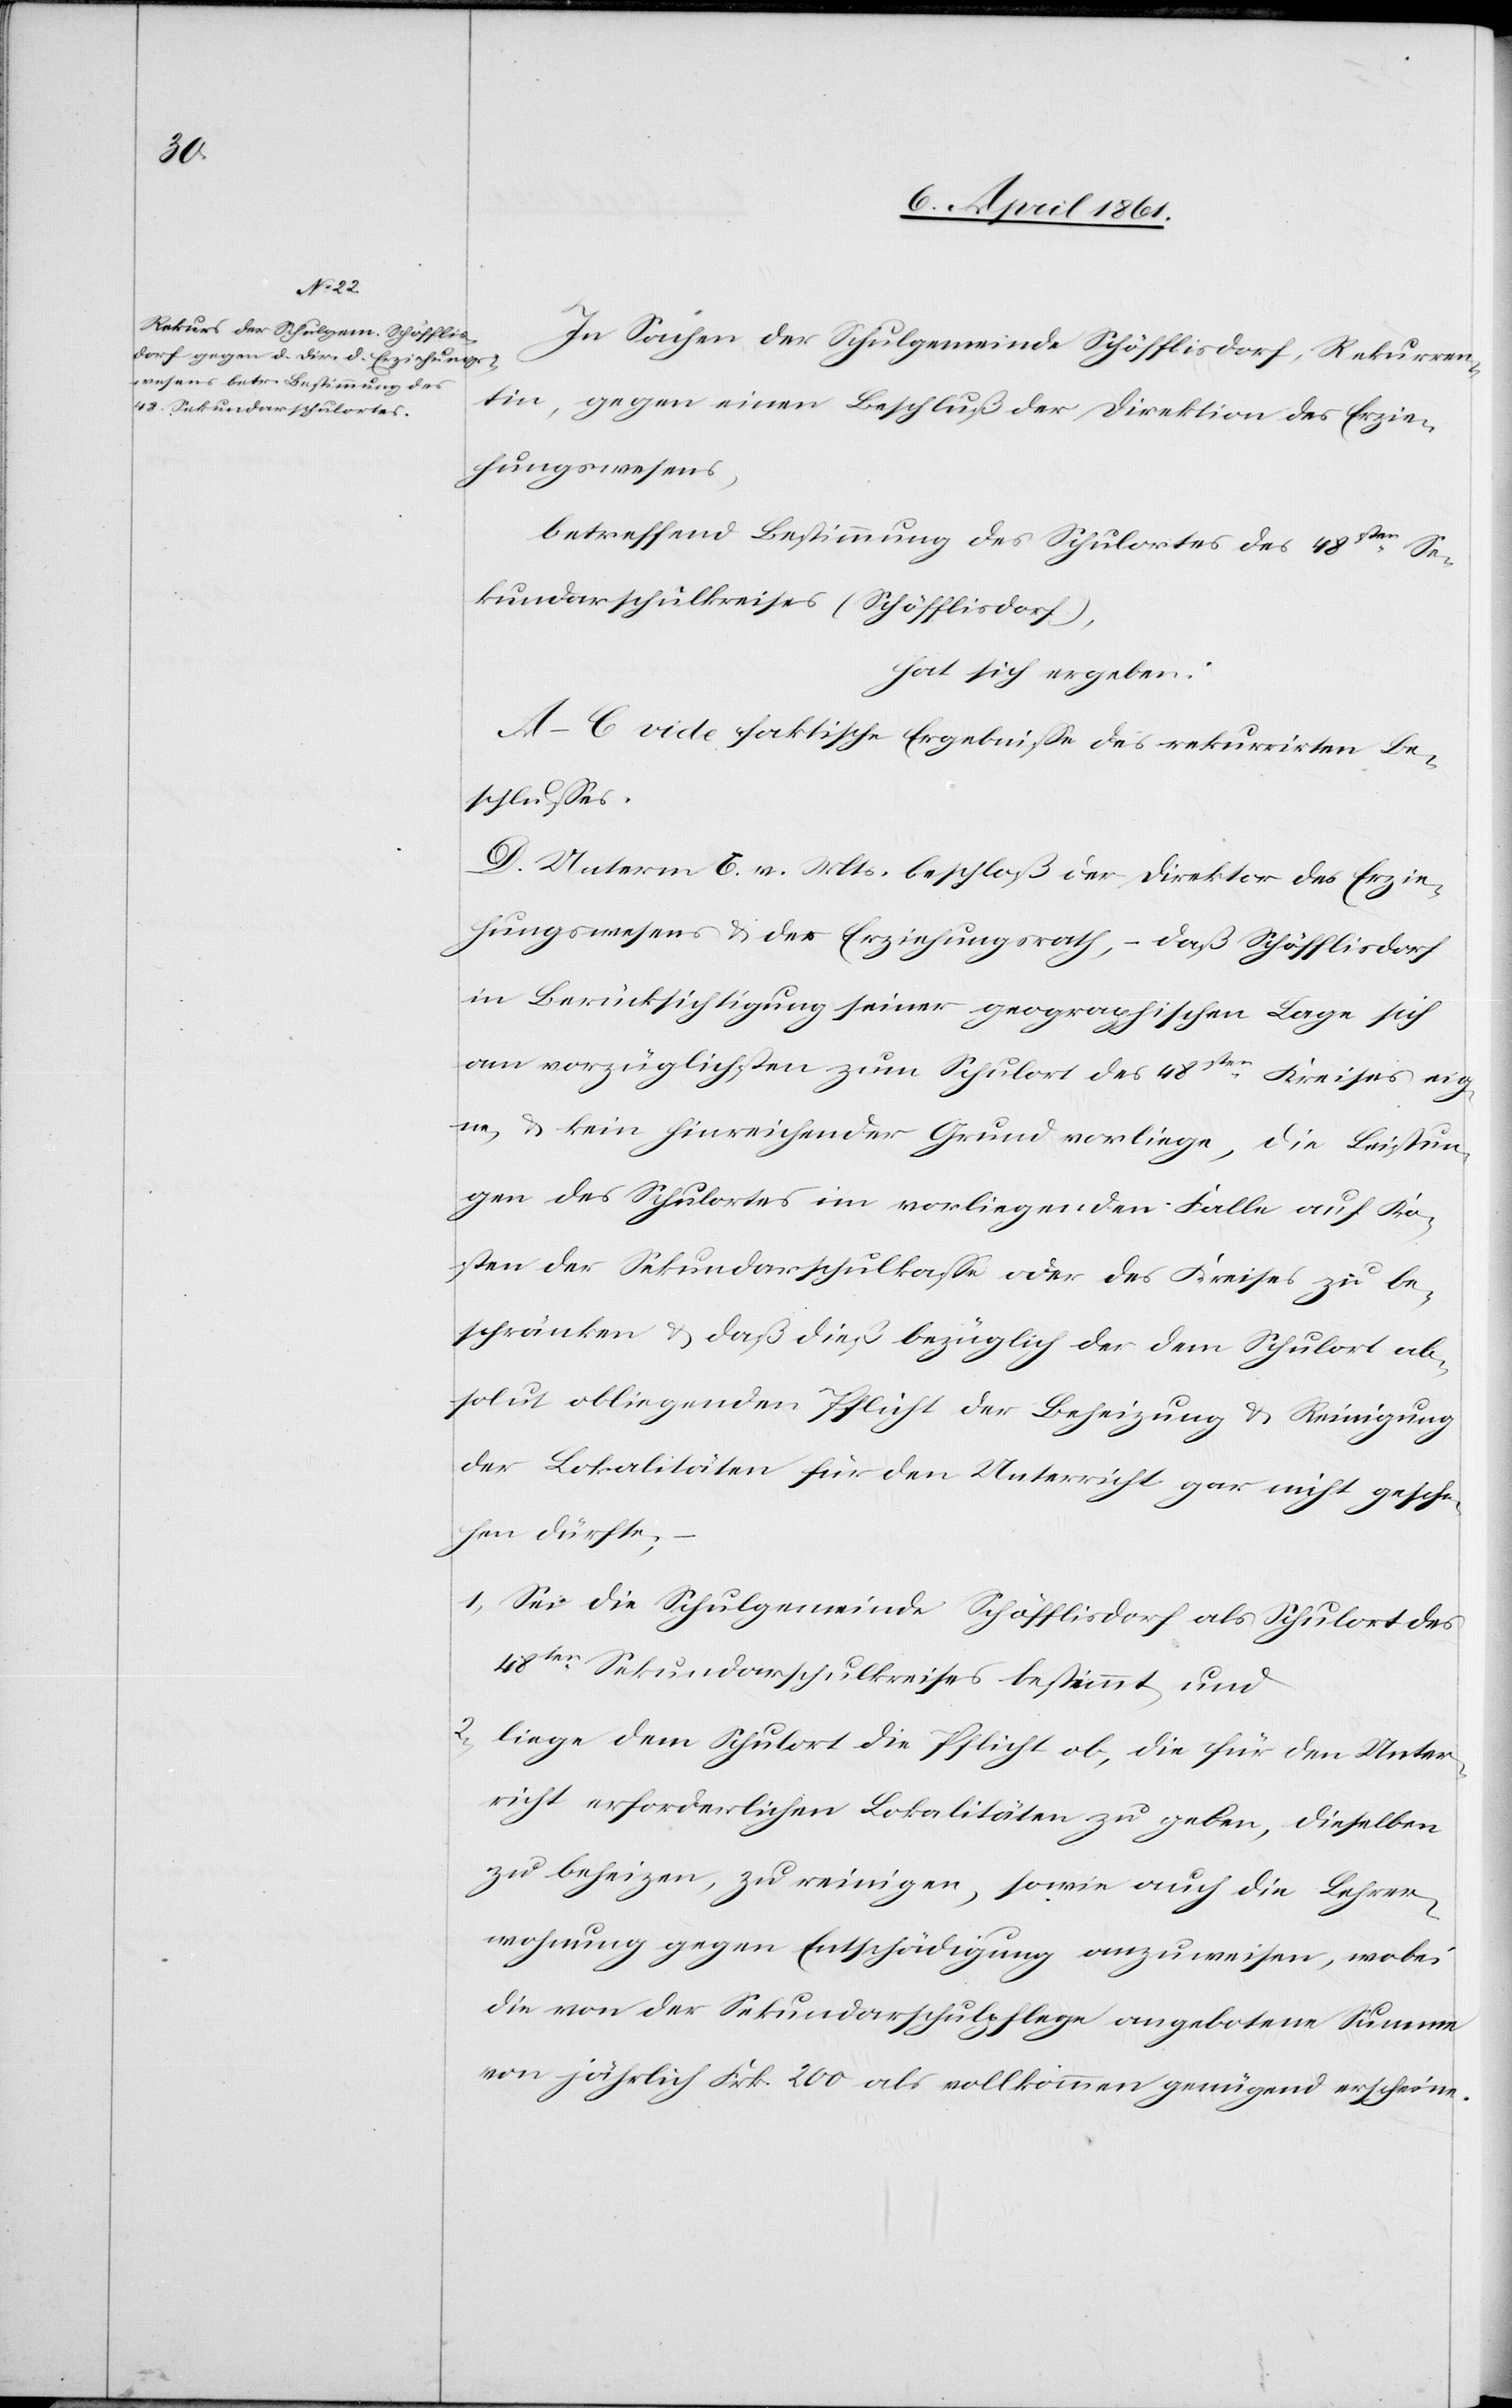
In Sachen der Schulgemeinde Schöfflisdorf, Rekurren¬
tin, gegen einen Beschluß der Direktion des Erzie¬
hungswesens,
betreffend Bestimmung des Schulortes des 48sten Se¬
kundarschulkreises (Schöfflisdorf),
hat sich ergeben:
A–C vide faktische Ergebnisse des rekurrirten Be¬
schlusses.
D. Unterm 6. v. Mts. beschloß der Direktor des Erzie¬
hungswesens u. des Erziehungsrath, – daß Schöfflisdorf
in Berücksichtigung seiner geographischen Lage sich
am vorzüglichsten zum Schulort des 48sten Kreises eig¬
ne u. kein hinreichender Grund vorliege, die Leistun¬
gen des Schulortes im vorliegenden Falle auf Ko¬
sten der Sekundarschulkasse oder des Kreises zu be¬
schränken u. daß dieß bezüglich der dem Schulort ab¬
solut obliegenden Pflicht der Beheizung u. Reinigung
der Lokalitäten für den Unterricht gar nicht gesche¬
hen dürfte;
1. Sei die Schulgemeinde Schöfflisdorf als Schulort des
48ten Sekundarschulkreises bestimmt, und
2. liege dem Schulort die Pflicht ob, die für den Unter¬
richt erforderlichen Lokalitäten zu geben, dieselben
zu beheizen, zu reinigen, sowie auch die Lehrer¬
wohnung gegen Entschädigung anzuweisen, wobei
die von der Sekundarschulpflege angebotene Summe
von jährlich Frk. 200 als vollkommen genügend erscheine.